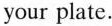
your plate.